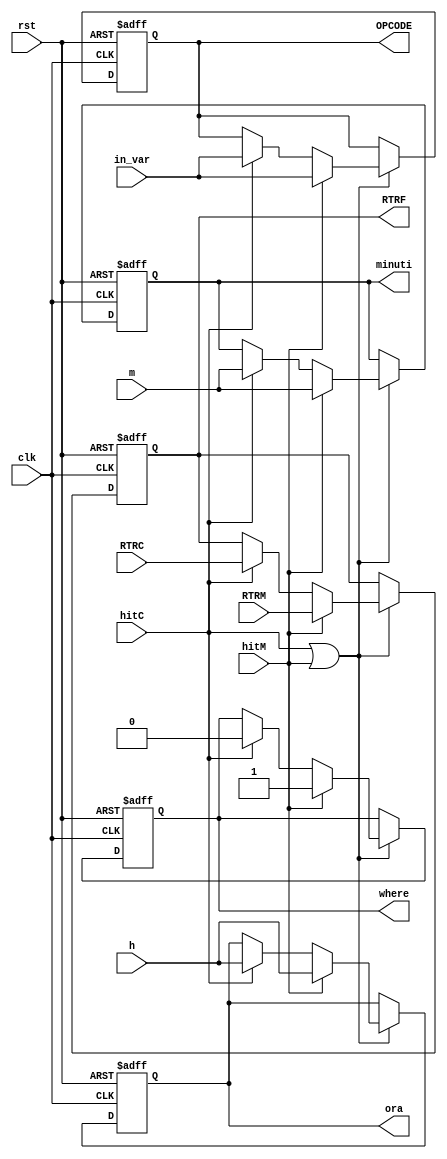
`timescale 1ns / 1ps
//////////////////////////////////////////////////////////////////////////////////
// Company: 
// 
// Design Name: 
// Module Name: temp_hour
// Project Name: 
// Target Devices: 
// Tool Versions: 
// Description: 
// 
// Dependencies: 
// 
// Revision:
// Revision 0.01 - File Created
// Additional Comments:
// 
//////////////////////////////////////////////////////////////////////////////////


module temp_hour(
//input wire [3:0] OPCODE,
input wire clk,rst,
input wire [3:0] in_var,
input wire [5:0] RTRM,
input wire [5:0] RTRC,
input wire [2:0] h,
input wire [5:0] m,
input wire hitC, hitM,
output reg where,
output reg [3:0] OPCODE,
output reg [2:0] ora,
output reg[5:0] minuti,
output reg[5:0] RTRF
    );

reg where_n;
reg[3:0] OPCODE_n;
reg [2:0] ora_n;
reg[5:0] minuti_n;
reg[5:0] RTRF_n;

//REGISTRO DELLE USCITE
always@(posedge clk, posedge rst)begin
if(rst == 1'b1) {OPCODE, ora, minuti, where, RTRF} <= {20{1'b0}};
else{OPCODE, ora, minuti, where, RTRF} <= {OPCODE_n, ora_n, minuti_n, where_n, RTRF_n};
end
//Logica dei segnali
always@(in_var, RTRM, RTRC, h, m, hitC, hitM, OPCODE, ora, minuti, where, RTRF)begin
    //Se un segnale di Cellar o di Manor ha variato prendo tutti i segnali corrispondenti in ingresso
    //Caso separato per where e RTRF, che hanno bisogno di un controllo aggiuntivo se l'hit e di Cellar o 
    //di Manor, prendono L' RTRF corrispondente in ingresso.
    if(hitC == 1'b1 || hitM == 1'b1)begin
        ora_n = h;
        minuti_n = m;
        OPCODE_n = in_var;
        if(hitM == 1'b1) begin
            where_n = 1'b1;
            RTRF_n = RTRM;
        end else if(hitC == 1'b1) begin
            where_n = 1'b0;
            RTRF_n = RTRC;
        end else begin
            OPCODE_n = OPCODE;
            ora_n = ora;
            minuti_n = minuti;
            where_n = where;
            RTRF_n = RTRF;
        end
    end  
    else begin
            OPCODE_n = OPCODE;
            ora_n = ora;
            minuti_n = minuti;
            where_n = where;
            RTRF_n = RTRF;
    end
end
    
    
endmodule